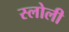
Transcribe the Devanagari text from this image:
स्लोली